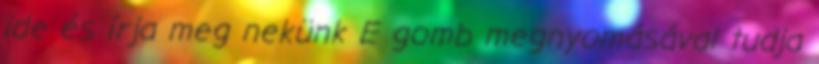
ide és írja meg nekünk E gomb megnyomásával tudja